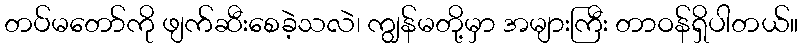
တပ်မတော်ကို ဖျက်ဆီးစေခဲ့သလဲ၊ ကျွန်မတို့မှာ အများကြီး တာဝန်ရှိပါတယ်။